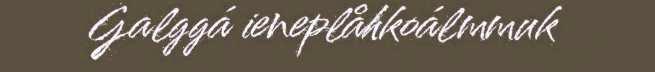
Galggá ieneplåhkoálmmuk